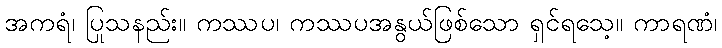
အကရံ၊ ပြုသနည်း။ ကဿပ၊ ကဿပအနွယ်ဖြစ်သော ရှင်ရသေ့။ ကာရဏံ၊